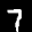
Label: 7